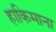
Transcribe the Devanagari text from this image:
हाकिमाना